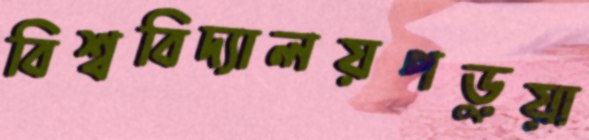
বিশ্ববিদ্যালয়পড়ুয়া